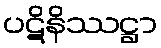
ပဋိနိဿဋ္ဌာ